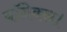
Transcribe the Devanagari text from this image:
यॉनेक्स।